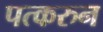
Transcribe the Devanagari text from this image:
पत्‍करुन